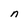
Character: n